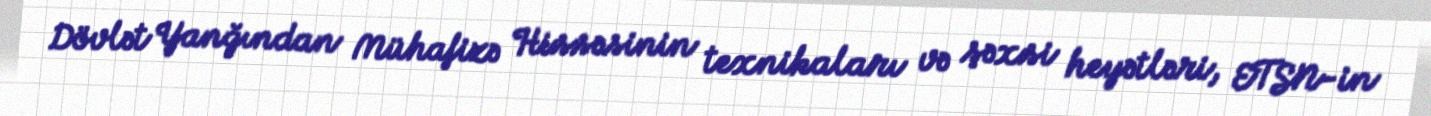
Dövlət Yanğından Mühafizə Hissəsinin texnikaları və şəxsi heyətləri, ETSN-in